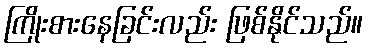
ကြိုးစားနေခြင်းလည်း ဖြစ်နိုင်သည်။